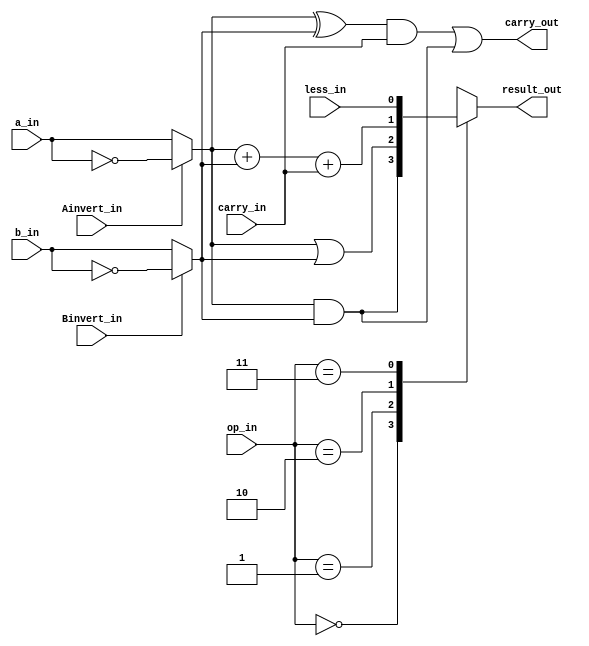


module ALU_1bit(a_in, b_in, Ainvert_in, Binvert_in, carry_in, less_in, op_in, result_out, carry_out);
    input a_in, b_in, Ainvert_in, Binvert_in, carry_in, less_in;
    input [1:0] op_in;
    output carry_out;
    output reg result_out;
    
    wire w_a;
    wire w_b;
    
    assign w_a = Ainvert_in ? ~a_in : a_in;
    assign w_b = Binvert_in ? ~b_in : b_in;

    always @(*)
    begin
        case(op_in)
            2'b00 : result_out = w_a & w_b;
            2'b01 : result_out = w_a | w_b;
            2'b10 : result_out = w_a + w_b + carry_in;
            2'b11 : result_out = less_in;
        endcase
    end

    assign carry_out = (((w_a ^ w_b) & carry_in) | (w_a & w_b));
    
endmodule